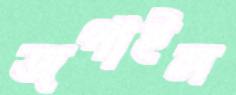
জপাইল